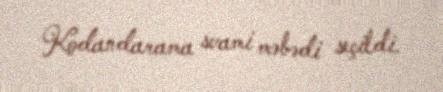
Kodandarama svami məbədi seçildi.